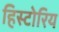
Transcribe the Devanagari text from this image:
हिस्टोरिय